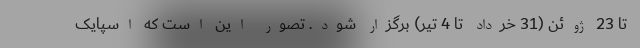
تا 23 ژوئن (31 خرداد تا 4 تیر) برگزار شود. تصور این است که اسپایک